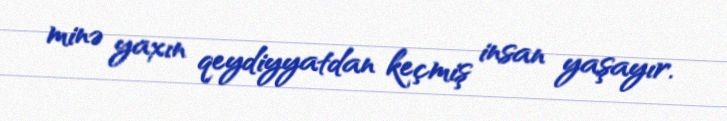
minə yaxın qeydiyyatdan keçmiş insan yaşayır.